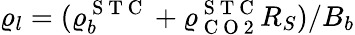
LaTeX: \varrho_{l}=(\varrho_{b}^{\mathrm{~S~T~C~}}+\varrho_{\mathrm{~C~O~2~}}^{\mathrm{~S~T~C~}}R_{S})/B_{b}